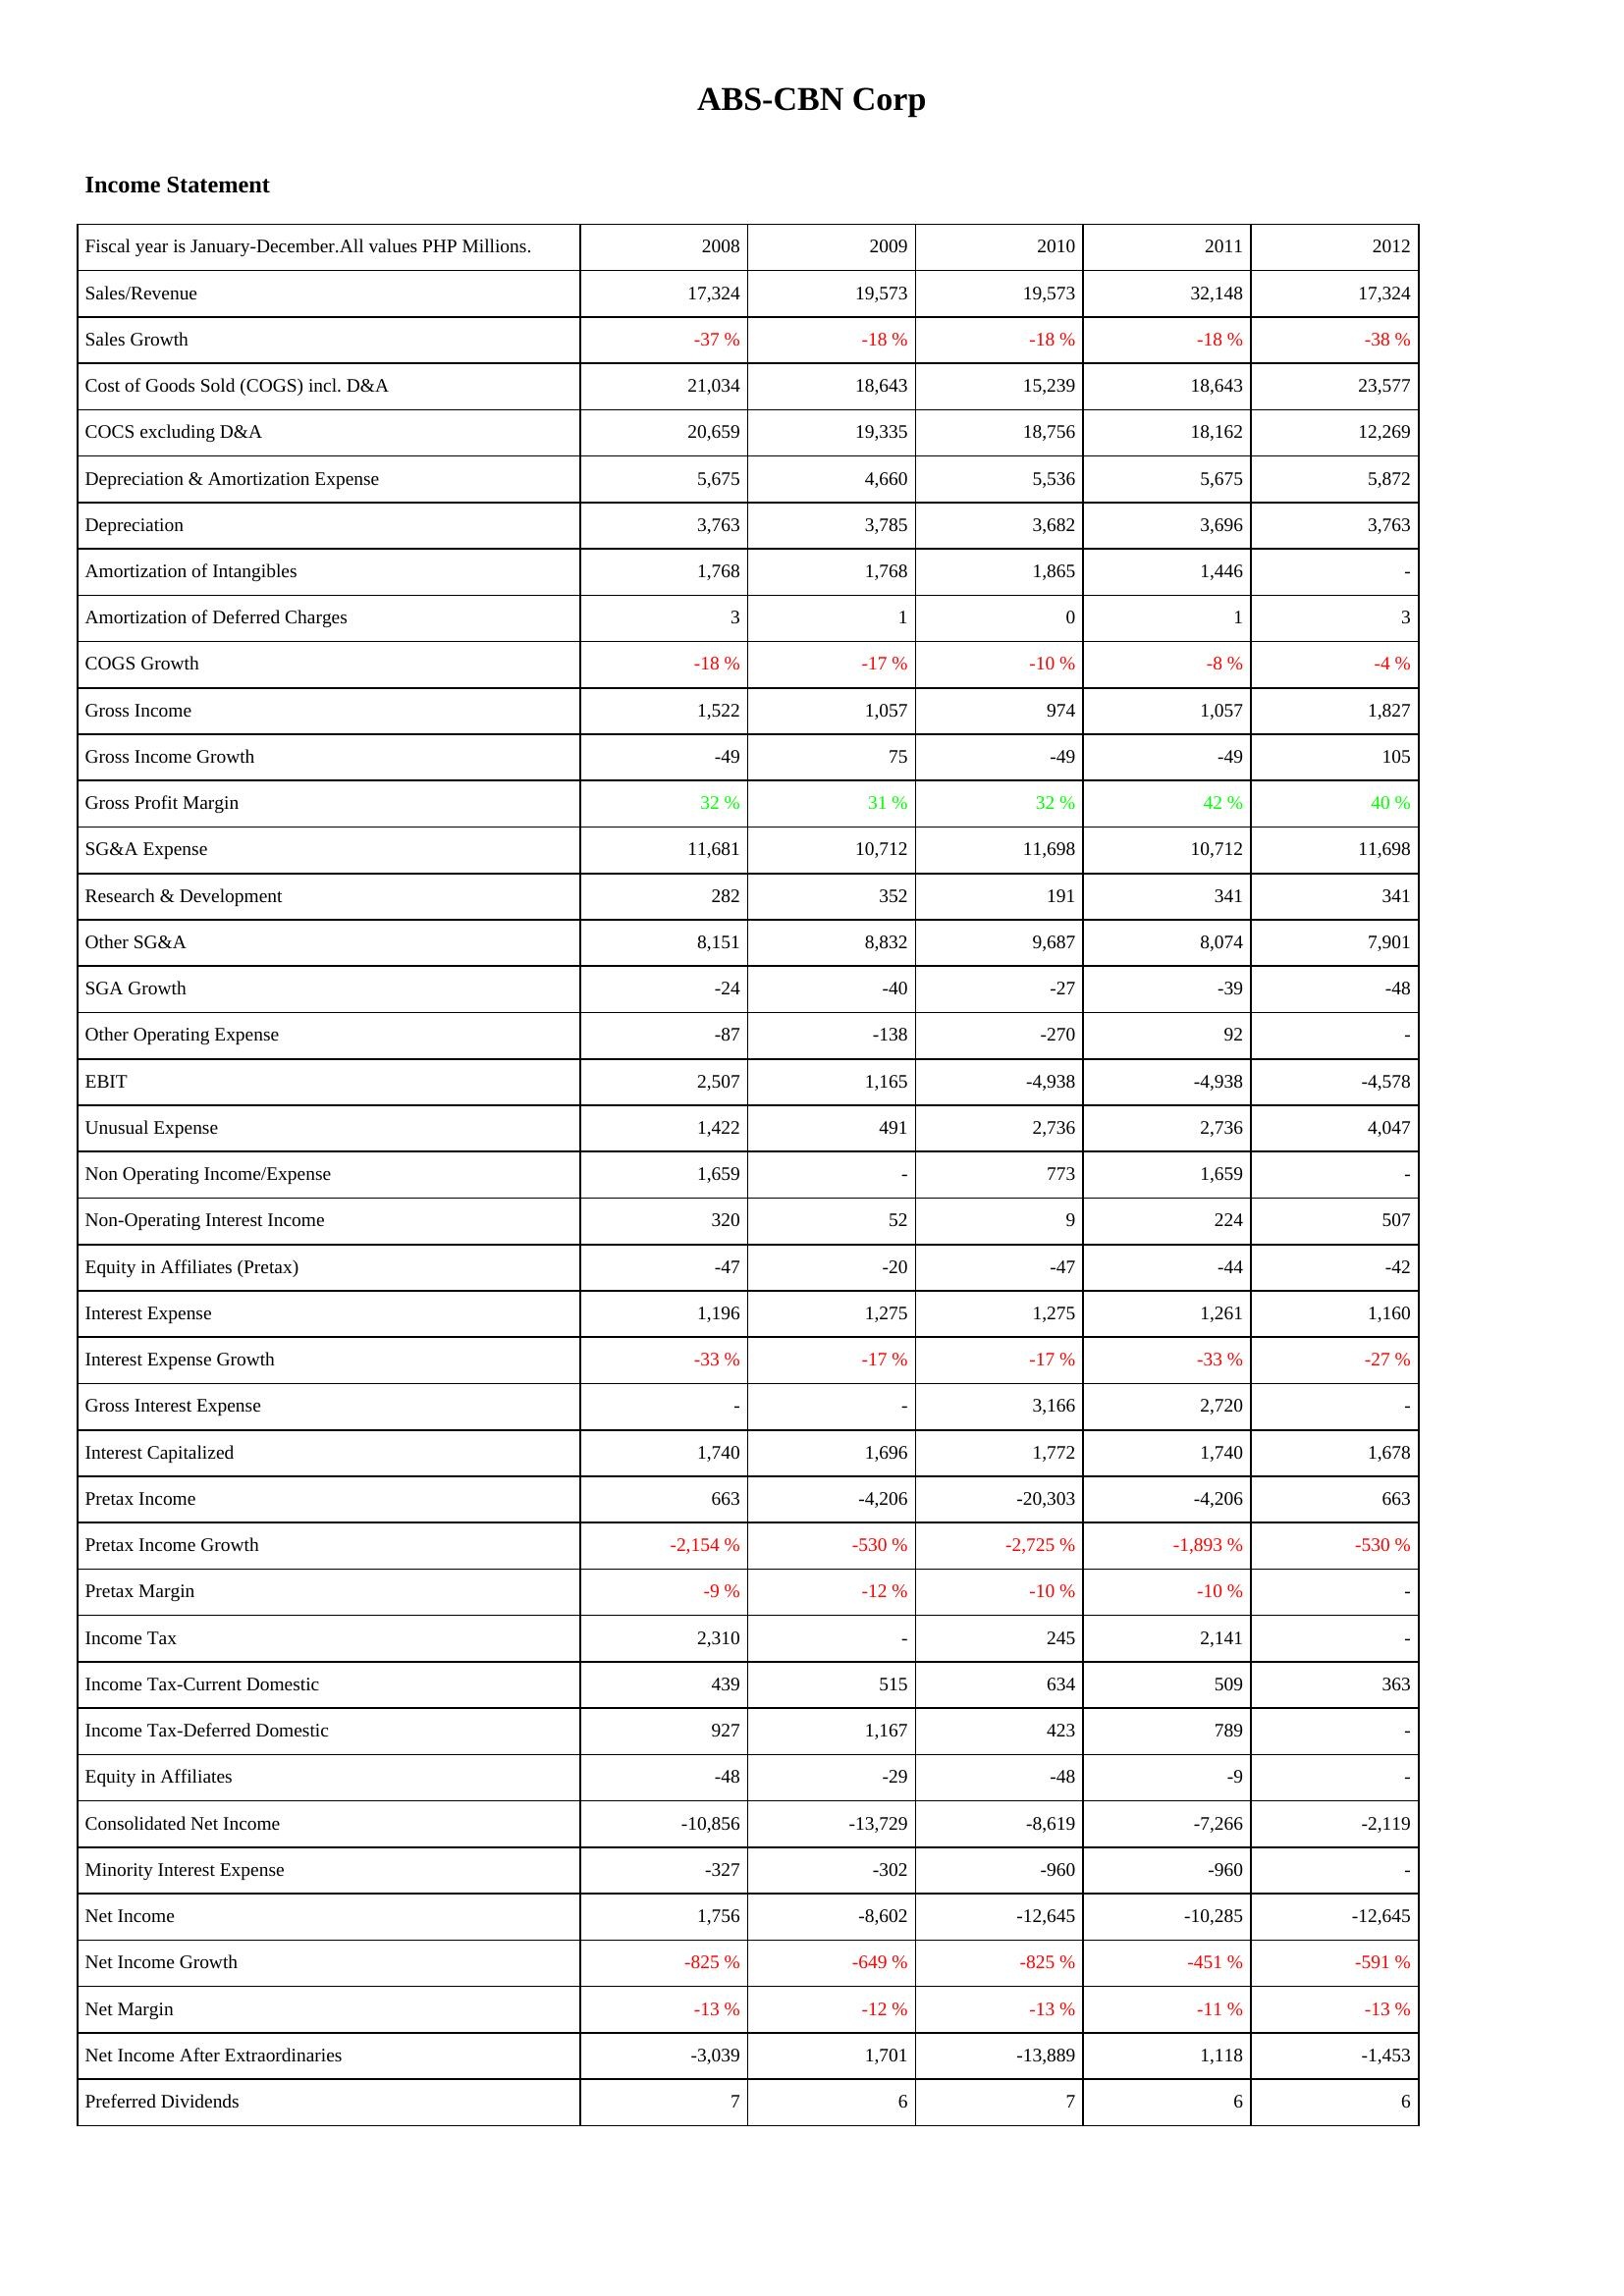
2008: Income Statement: Sales/Revenue: 17,324
Sales Growth: -37 %
Cost of Goods Sold (COGS) incl. D&A: 21,034
COCS excluding D&A: 20,659
Depreciation & Amortization Expense: 5,675
Depreciation: 3,763
Amortization of Intangibles: 1,768
Amortization of Deferred Charges: 3
COGS Growth: -18 %
Gross Income: 1,522
Gross Income Growth: -49
Gross Profit Margin: 32 %
SG&A Expense: 11,681
Research & Development: 282
Other SG&A: 8,151
SGA Growth: -24
Other Operating Expense: -87
EBIT: 2,507
Unusual Expense: 1,422
Non Operating Income/Expense: 1,659
Non-Operating Interest Income: 320
Equity in Affiliates (Pretax): -47
Interest Expense: 1,196
Interest Expense Growth: -33 %
Gross Interest Expense: -
Interest Capitalized: 1,740
Pretax Income: 663
Pretax Income Growth: -2,154 %
Pretax Margin: -9 %
Income Tax: 2,310
Income Tax-Current Domestic: 439
Income Tax-Deferred Domestic: 927
Equity in Affiliates: -48
Consolidated Net Income: -10,856
Minority Interest Expense: -327
Net Income: 1,756
Net Income Growth: -825 %
Net Margin: -13 %
Net Income After Extraordinaries: -3,039
Preferred Dividends: 7
2009: Income Statement: Sales/Revenue: 19,573
Sales Growth: -18 %
Cost of Goods Sold (COGS) incl. D&A: 18,643
COCS excluding D&A: 19,335
Depreciation & Amortization Expense: 4,660
Depreciation: 3,785
Amortization of Intangibles: 1,768
Amortization of Deferred Charges: 1
COGS Growth: -17 %
Gross Income: 1,057
Gross Income Growth: 75
Gross Profit Margin: 31 %
SG&A Expense: 10,712
Research & Development: 352
Other SG&A: 8,832
SGA Growth: -40
Other Operating Expense: -138
EBIT: 1,165
Unusual Expense: 491
Non Operating Income/Expense: -
Non-Operating Interest Income: 52
Equity in Affiliates (Pretax): -20
Interest Expense: 1,275
Interest Expense Growth: -17 %
Gross Interest Expense: -
Interest Capitalized: 1,696
Pretax Income: -4,206
Pretax Income Growth: -530 %
Pretax Margin: -12 %
Income Tax: -
Income Tax-Current Domestic: 515
Income Tax-Deferred Domestic: 1,167
Equity in Affiliates: -29
Consolidated Net Income: -13,729
Minority Interest Expense: -302
Net Income: -8,602
Net Income Growth: -649 %
Net Margin: -12 %
Net Income After Extraordinaries: 1,701
Preferred Dividends: 6
2010: Income Statement: Sales/Revenue: 19,573
Sales Growth: -18 %
Cost of Goods Sold (COGS) incl. D&A: 15,239
COCS excluding D&A: 18,756
Depreciation & Amortization Expense: 5,536
Depreciation: 3,682
Amortization of Intangibles: 1,865
Amortization of Deferred Charges: 0
COGS Growth: -10 %
Gross Income: 974
Gross Income Growth: -49
Gross Profit Margin: 32 %
SG&A Expense: 11,698
Research & Development: 191
Other SG&A: 9,687
SGA Growth: -27
Other Operating Expense: -270
EBIT: -4,938
Unusual Expense: 2,736
Non Operating Income/Expense: 773
Non-Operating Interest Income: 9
Equity in Affiliates (Pretax): -47
Interest Expense: 1,275
Interest Expense Growth: -17 %
Gross Interest Expense: 3,166
Interest Capitalized: 1,772
Pretax Income: -20,303
Pretax Income Growth: -2,725 %
Pretax Margin: -10 %
Income Tax: 245
Income Tax-Current Domestic: 634
Income Tax-Deferred Domestic: 423
Equity in Affiliates: -48
Consolidated Net Income: -8,619
Minority Interest Expense: -960
Net Income: -12,645
Net Income Growth: -825 %
Net Margin: -13 %
Net Income After Extraordinaries: -13,889
Preferred Dividends: 7
2011: Income Statement: Sales/Revenue: 32,148
Sales Growth: -18 %
Cost of Goods Sold (COGS) incl. D&A: 18,643
COCS excluding D&A: 18,162
Depreciation & Amortization Expense: 5,675
Depreciation: 3,696
Amortization of Intangibles: 1,446
Amortization of Deferred Charges: 1
COGS Growth: -8 %
Gross Income: 1,057
Gross Income Growth: -49
Gross Profit Margin: 42 %
SG&A Expense: 10,712
Research & Development: 341
Other SG&A: 8,074
SGA Growth: -39
Other Operating Expense: 92
EBIT: -4,938
Unusual Expense: 2,736
Non Operating Income/Expense: 1,659
Non-Operating Interest Income: 224
Equity in Affiliates (Pretax): -44
Interest Expense: 1,261
Interest Expense Growth: -33 %
Gross Interest Expense: 2,720
Interest Capitalized: 1,740
Pretax Income: -4,206
Pretax Income Growth: -1,893 %
Pretax Margin: -10 %
Income Tax: 2,141
Income Tax-Current Domestic: 509
Income Tax-Deferred Domestic: 789
Equity in Affiliates: -9
Consolidated Net Income: -7,266
Minority Interest Expense: -960
Net Income: -10,285
Net Income Growth: -451 %
Net Margin: -11 %
Net Income After Extraordinaries: 1,118
Preferred Dividends: 6
2012: Income Statement: Sales/Revenue: 17,324
Sales Growth: -38 %
Cost of Goods Sold (COGS) incl. D&A: 23,577
COCS excluding D&A: 12,269
Depreciation & Amortization Expense: 5,872
Depreciation: 3,763
Amortization of Intangibles: -
Amortization of Deferred Charges: 3
COGS Growth: -4 %
Gross Income: 1,827
Gross Income Growth: 105
Gross Profit Margin: 40 %
SG&A Expense: 11,698
Research & Development: 341
Other SG&A: 7,901
SGA Growth: -48
Other Operating Expense: -
EBIT: -4,578
Unusual Expense: 4,047
Non Operating Income/Expense: -
Non-Operating Interest Income: 507
Equity in Affiliates (Pretax): -42
Interest Expense: 1,160
Interest Expense Growth: -27 %
Gross Interest Expense: -
Interest Capitalized: 1,678
Pretax Income: 663
Pretax Income Growth: -530 %
Pretax Margin: -
Income Tax: -
Income Tax-Current Domestic: 363
Income Tax-Deferred Domestic: -
Equity in Affiliates: -
Consolidated Net Income: -2,119
Minority Interest Expense: -
Net Income: -12,645
Net Income Growth: -591 %
Net Margin: -13 %
Net Income After Extraordinaries: -1,453
Preferred Dividends: 6